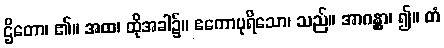
ဌိတော၊ ၏။ အထ၊ ထိုအခါ၌။ ဧကောပုရိသော၊ သည်။ အာဂန္တွာ၊ ၍။ တံ